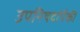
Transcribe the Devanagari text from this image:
उपनिषदांपैकी